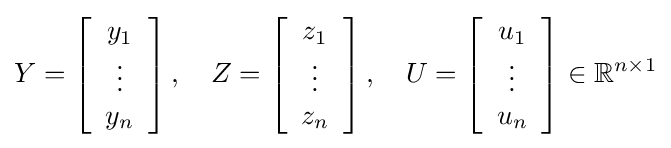
Y=\left[{\begin{array}{c}y_{1}\\\vdots \\y_{n}\end{array}}\right],\quad Z=\left[{\begin{array}{c}z_{1}\\\vdots \\z_{n}\end{array}}\right],\quad U=\left[{\begin{array}{c}u_{1}\\\vdots \\u_{n}\end{array}}\right]\in \mathbb {R} ^{n\times 1}